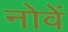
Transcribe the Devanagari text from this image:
नोवें